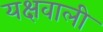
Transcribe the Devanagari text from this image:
यक्षवाली